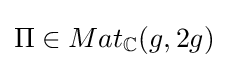
\Pi \in Mat_{\mathbb {C} }(g,2g)